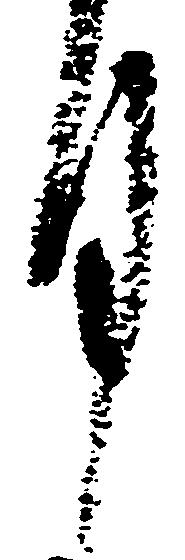
月